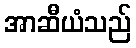
အာဆီယံသည်